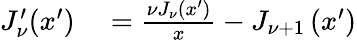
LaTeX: \begin{array}{rl}{J_{\nu}^{\prime}(x^{\prime})}&{{}=\frac{\nu J_{\nu}\left(x^{\prime}\right)}{x}-J_{\nu+1}\left(x^{\prime}\right)}\end{array}